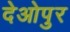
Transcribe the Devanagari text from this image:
देओपुर